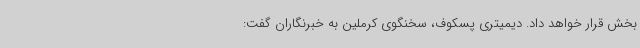
بخش قرار خواهد داد. دیمیتری پسکوف، سخنگوی کرملین به خبرنگاران گفت: